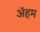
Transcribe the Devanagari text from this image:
ॲहम